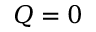
Q = 0